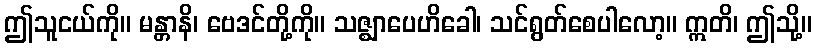
ဤသူငယ်ကို။ မန္တာနိ၊ ဗေဒင်တို့ကို။ သဇ္ဈာပေဟိခေါ၊ သင်ရွတ်စေပါလော့။ ဣတိ၊ ဤသို့။